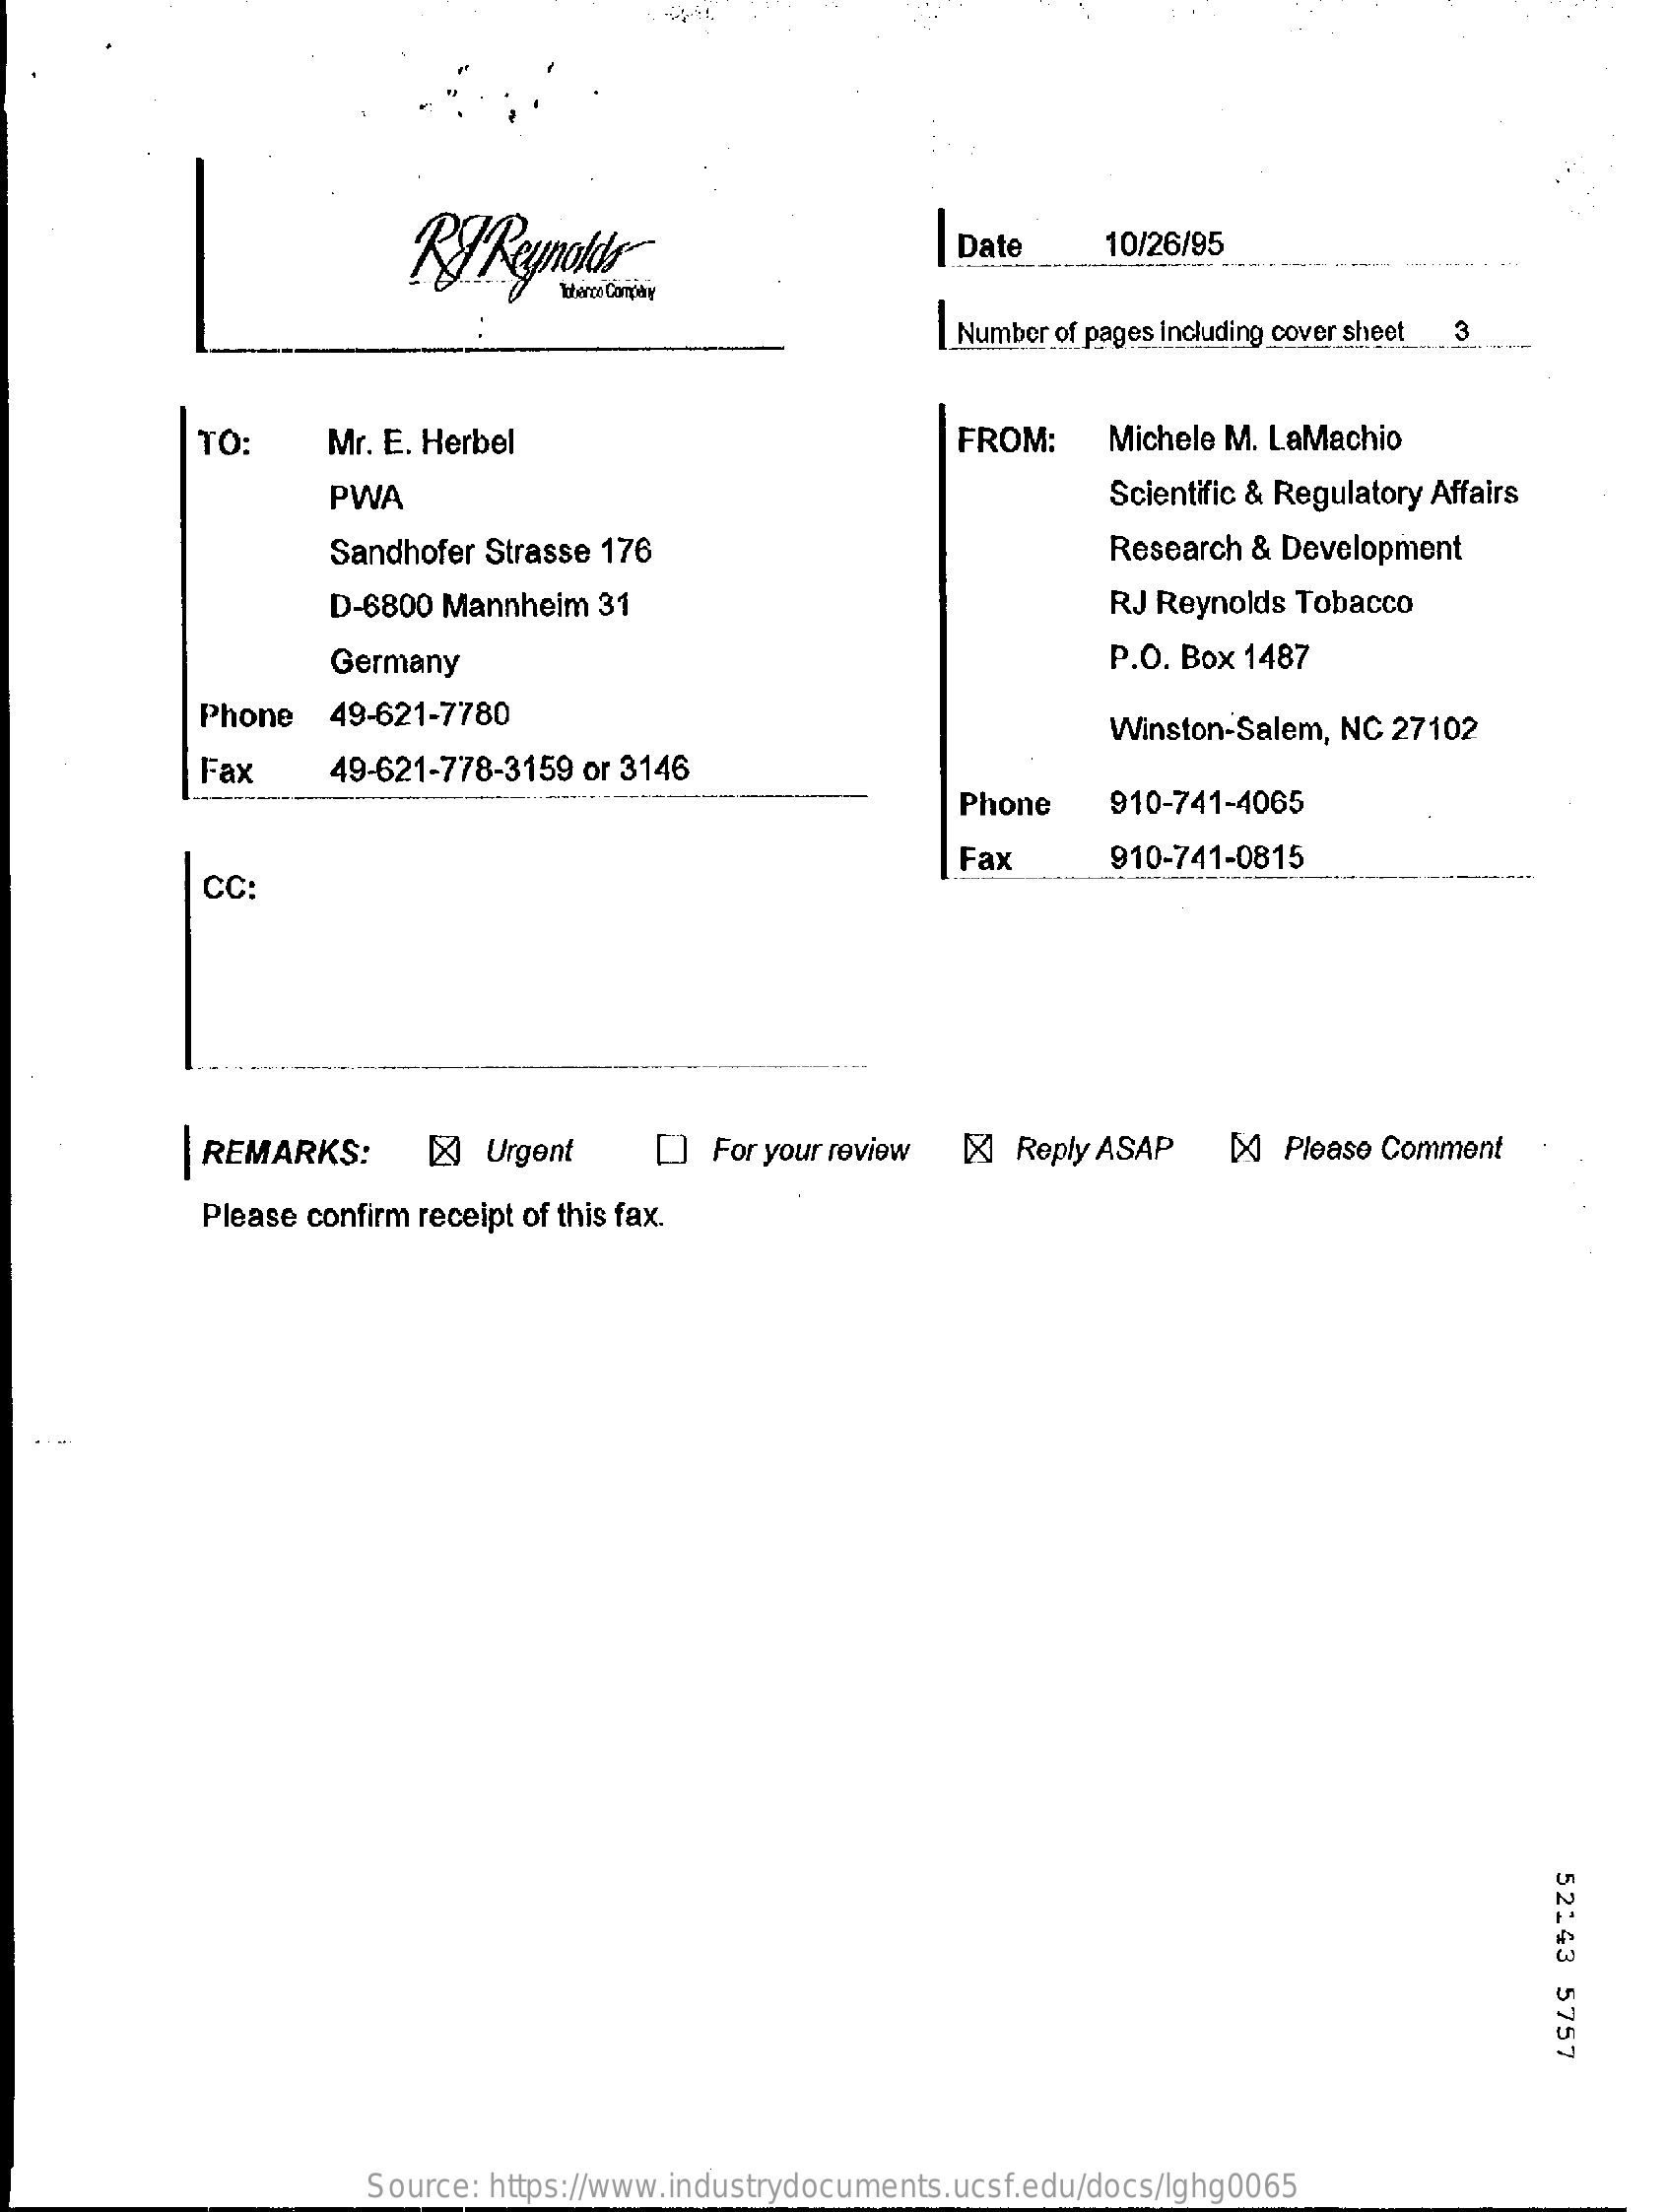
RJ   Reynolds    Date    10/26/95
     Number of pages including cover sheet 3
     TO:    Mr. E. Herbel    FROM:    Michele M. LaMachio
     PWA    Scientific & Regulatory Affairs
     Sandhofer Strasse 176    Research & Development
     D-6800 Mannheim  31    RJ Reynolds Tobacco
     Germany    P.O. Box 1487
     Phone   49-621-7780    Winston-Salem, NC 27102
     Fax    49-621-778-3159 or 3146
     Phone    910-741-4065
     CC:
     Fax    910-741-0815
     REMARKS:    [   Urgent    [] For your review &  Reply ASAP    [X] Please Comment
     Please confirm receipt of this fax.
     52143
     5757
     Source: https://www.industrydocuments.ucsf.edu/docs/lghg0065